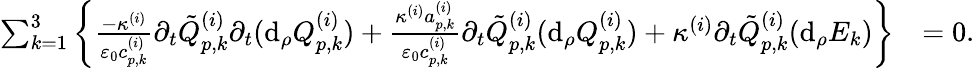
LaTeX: \begin{array}{rl}{\sum_{k=1}^{3}\left\{ \frac{-\kappa^{(i)}}{\varepsilon_{0}c_{p,k}^{(i)}}\partial_{t}\tilde{Q}_{p,k}^{(i)}\partial_{t}(\mathrm{d}_{\rho}Q_{p,k}^{(i)})+\frac{\kappa^{(i)}a_{p,k}^{(i)}}{\varepsilon_{0}c_{p,k}^{(i)}}\partial_{t}\tilde{Q}_{p,k}^{(i)}(\mathrm{d}_{\rho}Q_{p,k}^{(i)})+\kappa^{(i)}\partial_{t}\tilde{Q}_{p,k}^{(i)}(\mathrm{d}_{\rho}E_{k})\right\} }&{=0.}\end{array}